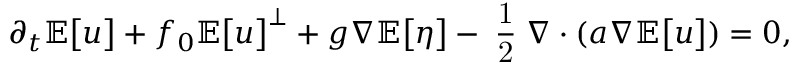
\partial _ { t } \mathbb { E } \big [ \boldsymbol { u } \big ] + f _ { 0 } \mathbb { E } \big [ \boldsymbol { u } \big ] ^ { \perp } + g \boldsymbol { \nabla } \mathbb { E } \big [ \eta \big ] - \mathrm { \scriptsize ~ \frac { 1 } { 2 } ~ } \boldsymbol { \nabla } \boldsymbol { \cdot } ( \boldsymbol { a } \boldsymbol { \nabla } \mathbb { E } \big [ \boldsymbol { u } \big ] ) = 0 ,